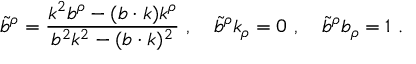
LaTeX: \tilde { b } ^ { \rho } = { \frac { k ^ { 2 } b ^ { \rho } - ( b \cdot k ) k ^ { \rho } } { b ^ { 2 } k ^ { 2 } - ( b \cdot k ) ^ { 2 } } } \ , \quad \tilde { b } ^ { \rho } k _ { \rho } = 0 \ , \quad \tilde { b } ^ { \rho } b _ { \rho } = 1 \ .